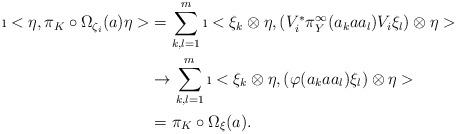
LaTeX: \begin{align*}\i< \eta, \pi_K\circ \Omega_{\zeta_i} (a) \eta >&= \sum_{k,l=1}^m \i< \xi_k \otimes \eta, ( V_i^* \pi_Y^\infty (a_k a a_l ) V_i \xi_l ) \otimes \eta >\\&\rightarrow \sum_{k,l=1}^m \i< \xi_k \otimes \eta, (\varphi (a_k a a_l ) \xi_l ) \otimes \eta >\\&=\pi_K \circ \Omega_\xi (a).\end{align*}